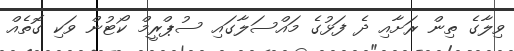
ވިލާގެ ތިން ރަށާއި ދެ ފަޅުގެ މައްސަލާގައި ސުޕްރީމް ކޯޓުން ވަކި ގޮތެއް